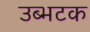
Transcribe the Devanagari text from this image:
उब्भटक